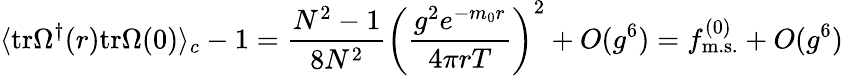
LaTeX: \langle\mathrm{tr}\Omega^{\dagger}(r)\mathrm{tr}\Omega(0)\rangle_{c}-1=\frac{N^{2}-1}{8N^{2}}\left(\frac{g^{2}e^{-m_{0}r}}{4\pi rT}\right)^{2}+O(g^{6})=f_{\mathrm{m.s.}}^{(0)}+O(g^{6})